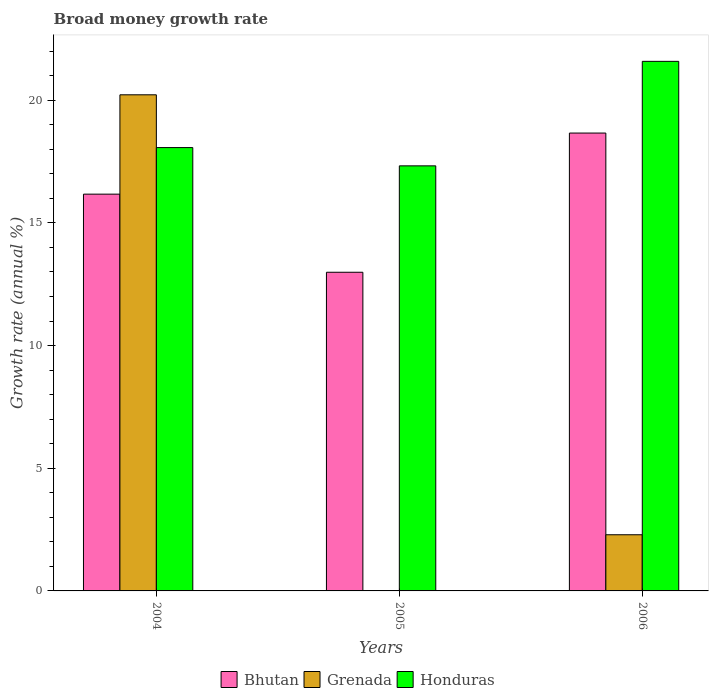
| Years | Bhutan | Grenada | Honduras |
 | --- | --- | --- | --- |
 | 2004 | 16.2 | 20.2 | 18.1 |
 | 2005 | 13 | -6.25 | 17.3 |
 | 2006 | 18.7 | 2.29 | 21.6 |